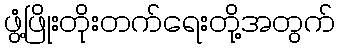
ဖွံ့ဖြိုးတိုးတက်ရေးတို့အတွက်